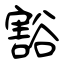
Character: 豁